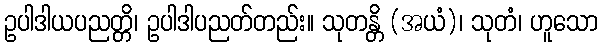
ဥပါဒါယပညတ္တိ၊ ဥပါဒါပညတ်တည်း။ သုတန္တိ (အယံ)၊ သုတံ၊ ဟူသော